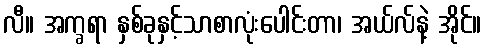
လီ။ အက္ခရာ နှစ်ခုနှင့်သာစာလုံးပေါင်းတာ၊ အယ်လ်နဲ့ အိုင်။